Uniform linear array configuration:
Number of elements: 48
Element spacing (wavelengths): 0.75
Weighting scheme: hamming
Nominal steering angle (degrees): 15
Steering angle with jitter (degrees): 15.476
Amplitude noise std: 0.05
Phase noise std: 0.05

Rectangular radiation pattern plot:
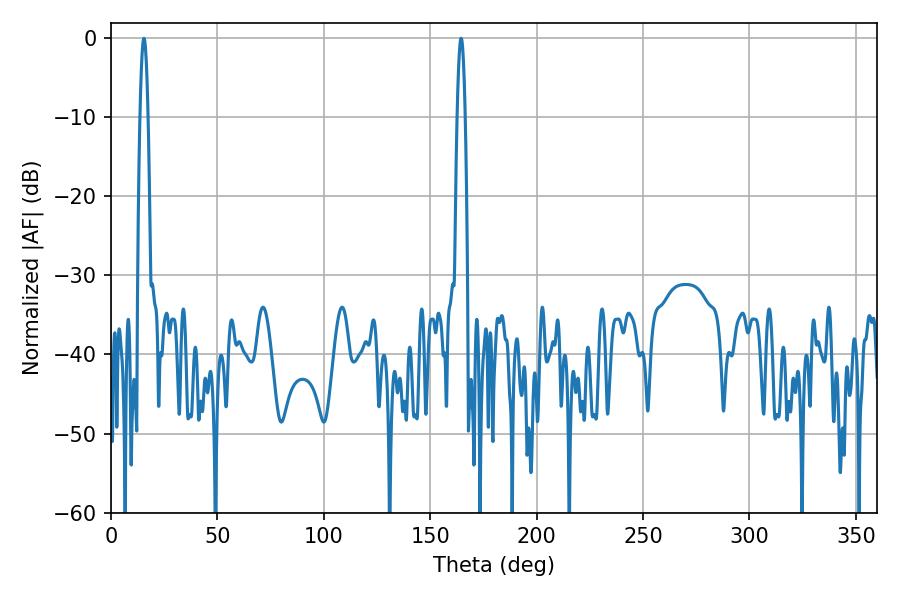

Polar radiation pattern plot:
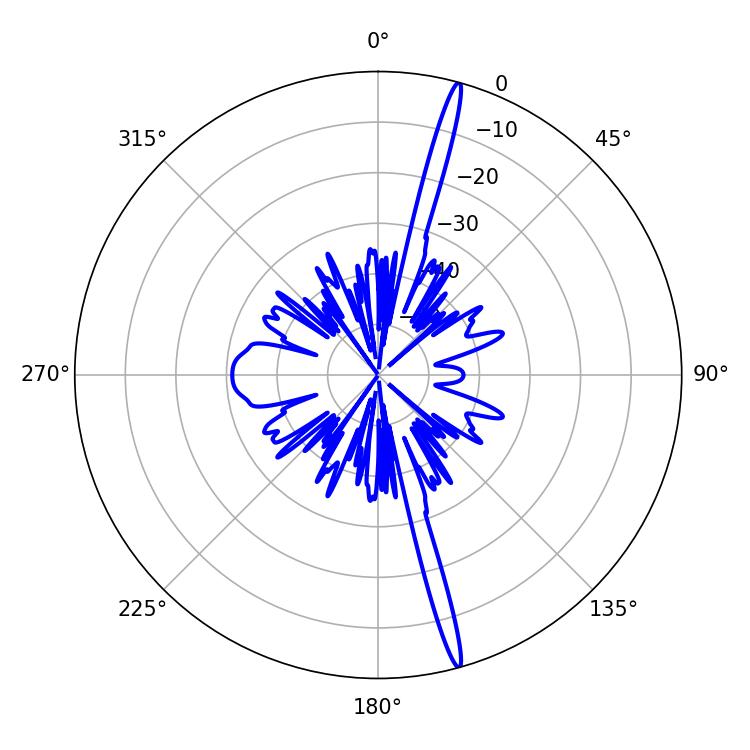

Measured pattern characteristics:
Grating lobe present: TRUE
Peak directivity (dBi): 19.783
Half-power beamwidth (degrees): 2.16
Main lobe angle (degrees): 15.48